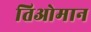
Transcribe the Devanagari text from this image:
तिओमान